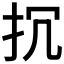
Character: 𢪨